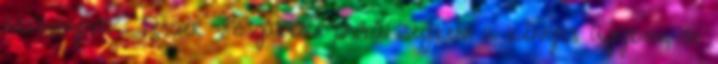
asszonynak Tessier vizsgálóbíró próbál segíteni a kényes ügyben, de